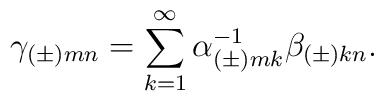
\gamma_{(\pm)mn}=\sum_{k=1}^\infty\alpha^{-1}_{(\pm)mk}\beta_{(\pm)kn}.